Civil Veterinary Department Bihar reports 1936-40 - 1936-1940
Year: 1936
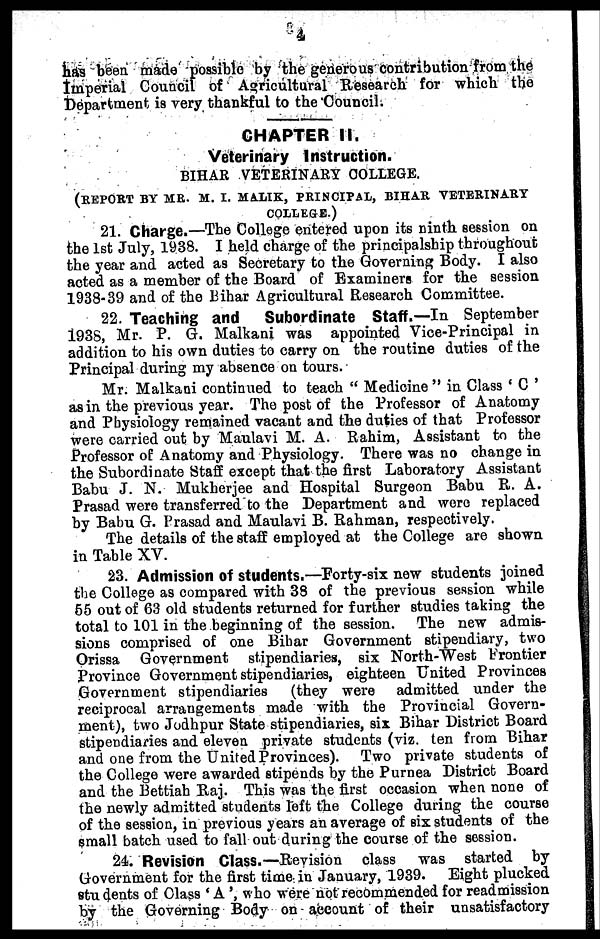
4
has been made possible by the generous contribution from the
Imperial Council of Agricultural Research for which the
Department is very thankful to the Council.
CHAPTER II.
Veterinary Instruction.
BIHAR VETERINARY COLLEGE.
(REPORT BY MR. M. I. MALIK, PRINCIPAL, BIHAR VETERINARY
COLLEGE.)
21. Charge.—The College entered upon its ninth session on
the 1st July, 1938. I held charge of the principalship throughout
the year and acted as Secretary to the Governing Body. I also
acted as a member of the Board of Examiners for the session
1938-39 and of the Bihar Agricultural Research Committee.
22. Teaching and
Subordinate Staff.—In September
1938, Mr. P. G. Malkani was appointed Vice-Principal in
addition to his own duties to carry on the routine duties of the
Principal during my absence on tours.
Mr. Malkani continued to teach "Medicine" in Class 'C'
as in the previous year. The post of the Professor of Anatomy
and Physiology remained vacant and the duties of that Professor
were carried out by Maulavi M. A. Rahim, Assistant to the
Professor of Anatomy and Physiology. There was no change in
the Subordinate Staff except that the first Laboratory Assistant
Babu J. N. Mukherjee and Hospital Surgeon Babu R. A.
Prasad were transferred to the Department and were replaced
by Babu G. Prasad and Maulavi B. Rahman, respectively.
The details of the staff employed at the College are shown
in Table XV.
23. Admission of students.—Forty-six new students joined
the College as compared with 38 of the previous session while
55 out of 63 old students returned for further studies taking the
total to 101 in the beginning of the session. The new admis-
sions comprised of one Bihar Government stipendiary, two
Orissa Government stipendiaries, six North-West Frontier
Province Government stipendiaries, eighteen United Provinces
Government stipendiaries
(they were admitted under the
reciprocal arrangements made with the Provincial Govern-
ment), two Jodhpur State stipendiaries, six Bihar District Board
stipendiaries and eleven private students (viz. ten from Bihar
and one from the United Provinces). Two private students of
the College were awarded stipends by the Purnea District Board
and the Bettiah Raj. This was the first occasion when none of
the newly admitted students left the College during the course
of the session, in previous years an average of six students of the
small batch used to fall out during the course of the session.
24. Revision Class.—Revision class was started by
Government for the first time in January, 1939. Eight plucked
students of Class 'A', who were not recommended for readmission
by the Governing Body on account of their unsatisfactory